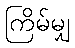
ကြိမ်မျှ